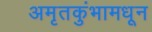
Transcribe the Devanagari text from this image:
अमृतकुंभामधून